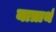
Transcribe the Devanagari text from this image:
यात्रार्थ